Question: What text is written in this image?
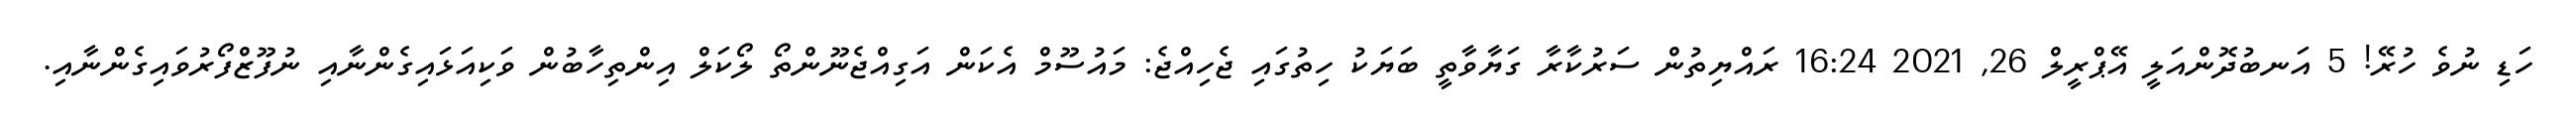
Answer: ހަޑި ނުވެ ހުރޭ! 5 އަނބުދޮންއަލީ އޭޕްރީލް 26, 2021 16:24 ރައްޔިތުން ސަރުކާރާ ގަޔާވާތީ ބަޔަކު ހިތުގައި ޖެހިއްޖެ: މައުސޫމް އެކަން އަގިއްޖެނޫންތޯ ލޯކަލް އިންތިހާބުން ވަކިއަޅައިގެންނާއި ނުފޫޒްފޯރުވައިގެންނާއި.